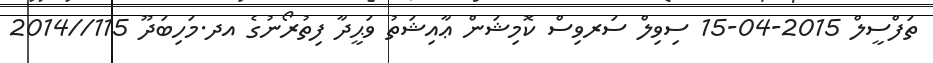
ތަފްސީލް 2015-04-15 ސިވިލް ސަރވިސް ކޮމިޝަން ޢާއިޝަތު ވަޙީދާ ފިތުރޯނުގެ އދ.މަހިބަދޫ 115//2014